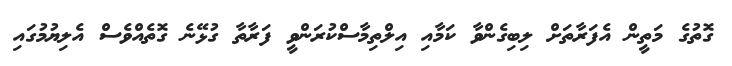
ގޮތުގެ މަތީން އެފަރާތަށް ލިބިގެންވާ ކަމާއި އިލްތިމާސްކުރަންވީ ފަރާތާ ގުޅޭނެ ގޮތެއްވެސް އެލިޔުމުގައި